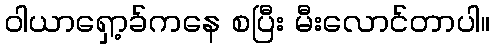
ဝါယာရှော့ခ်ကနေ စပြီး မီးလောင်တာပါ။